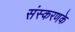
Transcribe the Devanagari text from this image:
संस्‍करणके